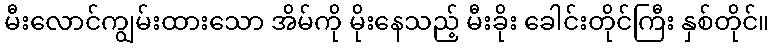
မီးလောင်ကျွမ်းထားသော အိမ်ကို မိုးနေသည့် မီးခိုး ခေါင်းတိုင်ကြီး နှစ်တိုင်။